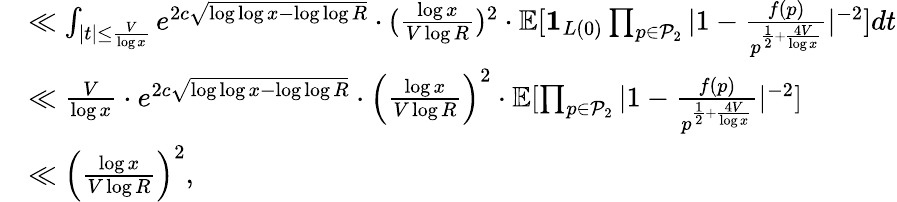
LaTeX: \begin{array}{rl}&{\ll\int_{|t|\le\frac{V}{\log x}}e^{2c\sqrt{\log\log x-\log\log R}}\cdot(\frac{\log x}{V\log R})^{2}\cdot\mathbb E[\mathbf{1}_{L(0)}\prod_{p\in\mathcal{P}_{2}}|1-\frac{f(p)}{p^{\frac{1}{2}+\frac{4V}{\log x}}}|^{-2}]dt}\\ &{\ll\frac{V}{\log x}\cdot e^{2c\sqrt{\log\log x-\log\log R}}\cdot\Big(\frac{\log x}{V\log R}\Big)^{2}\cdot\mathbb E[\prod_{p\in\mathcal{P}_{2}}|1-\frac{f(p)}{p^{\frac{1}{2}+\frac{4V}{\log x}}}|^{-2}]}\\ &{\ll\Big(\frac{\log x}{V\log R}\Big)^{2},}\end{array}